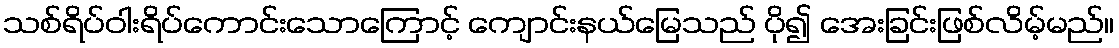
သစ်ရိပ်ဝါးရိပ်ကောင်းသောကြောင့် ကျောင်းနယ်မြေသည် ပို၍ အေးခြင်းဖြစ်လိမ့်မည်။